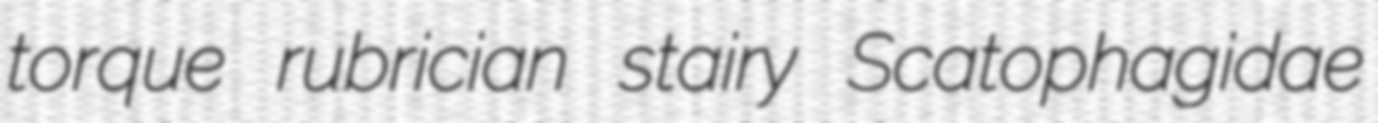
torque rubrician stairy Scatophagidae